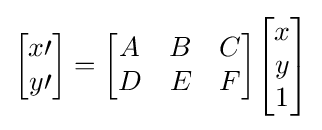
{\begin{bmatrix}x\prime \\y\prime \end{bmatrix}}={\begin{bmatrix}A&B&C\\D&E&F\end{bmatrix}}{\begin{bmatrix}x\\y\\1\end{bmatrix}}